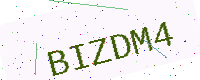
Text: BIZDM4